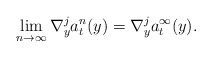
\begin{align*}\lim_{n\to\infty}\nabla^j_y a^n_t(y)=\nabla^j_ya^\infty_t(y).\end{align*}